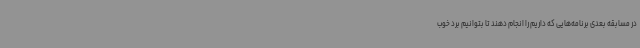
در مسابقه بعدی برنامه‌هایی که داریم را انجام دهند تا بتوانیم برد خوب